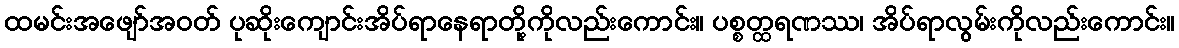
ထမင်းအဖျော်အဝတ် ပုဆိုးကျောင်းအိပ်ရာနေရာတို့ကိုလည်းကောင်း။ ပစ္စတ္ထရဏဿ၊ အိပ်ရာလွမ်းကိုလည်းကောင်း။